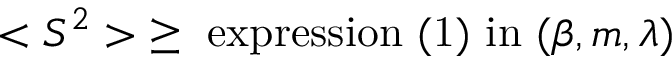
< S ^ { 2 } > \; \ge \mathrm { ~ e x p r e s s i o n ~ ( 1 ) ~ i n ~ } ( \beta , m , \lambda )